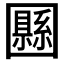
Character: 𡈴